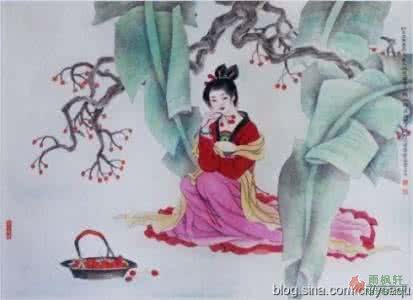
怀春情不断，犹带相思旧子。